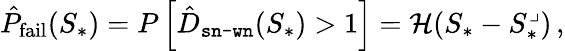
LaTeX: \hat{P}_{\mathrm{fail}}(S_{*})=P\left[\hat{D}_{\texttt{sn-wn}}(S_{*})>1\right]={\mathcal H}(S_{*}-S_{*}^{\lrcorner})\, ,